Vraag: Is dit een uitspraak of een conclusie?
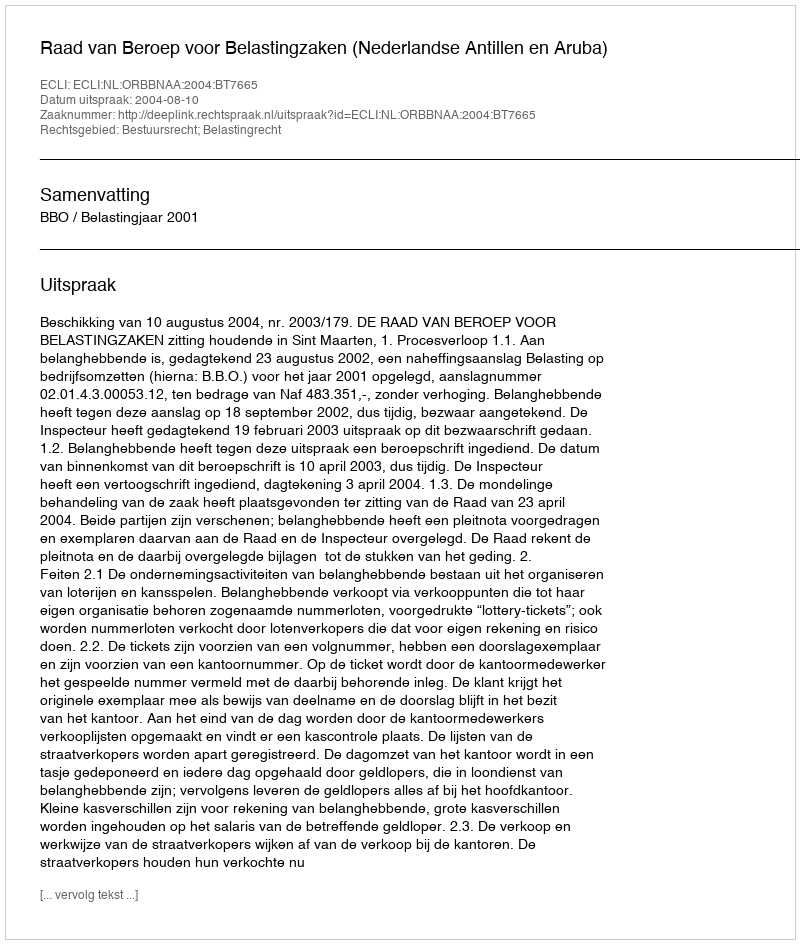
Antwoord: Uitspraak